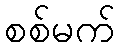
စစ်မက်